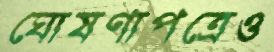
ঘোষণাপত্রেও